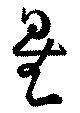
星